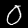
Digit: 0